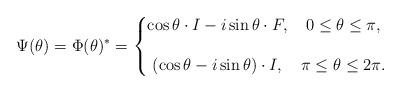
LaTeX: \begin{align*} &\Psi(\theta)= \Phi(\theta)^*= \left\{\begin{matrix} \cos \theta \cdot I - i \sin \theta \cdot F ,& 0 \leq \theta \leq \pi ,\\ &&\\( \cos \theta - i \sin \theta)\cdot I , & \pi \leq \theta \leq 2\pi .\end{matrix}\right.\end{align*}